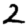
Digit: 2